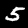
Label: 5